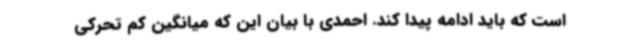
است که باید ادامه پیدا کند. احمدی با بیان این که میانگین کم تحرکی